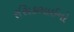
રસિકભાઈનો